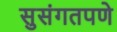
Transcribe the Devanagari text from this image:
सुसंगतपणे